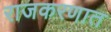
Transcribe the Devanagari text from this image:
राजकरणात